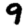
Digit: 9